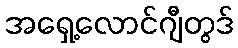
အရှေ့လောင်ဂျီတွဒ်